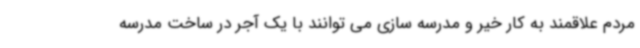
مردم علاقمند به کار خیر و مدرسه سازی می توانند با یک آجر در ساخت مدرسه